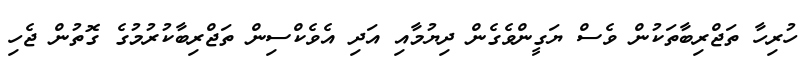
ހުރިހާ ތަޖްރިބާތަކުން ވެސް ޔަގީންވެގެން ދިޔުމާއި އަދި އެވެކްސިން ތަޖްރިބާކުރުމުގެ ގޮތުން ޖެހި